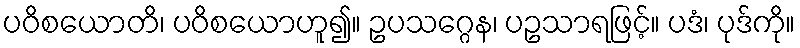
ပဝိစယောတိ၊ ပဝိစယောဟူ၍။ ဥပသဂ္ဂေန၊ ပဥသာရဖြင့်။ ပဒံ၊ ပုဒ်ကို။